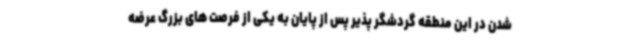
شدن در این منطقه گردشگر پذیر پس از پایان به یکی از فرصت های بزرگ عرضه